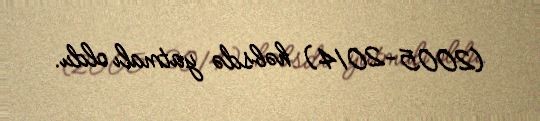
(2005-2014) həbsdə yatmalı oldu.